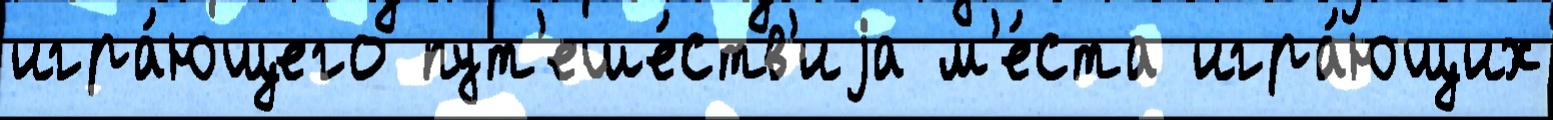
игра́ющего пут'еше́ств'иjа м'е́ста игра́ющих